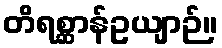
တိရစ္ဆာန်ဥယျာဉ်။